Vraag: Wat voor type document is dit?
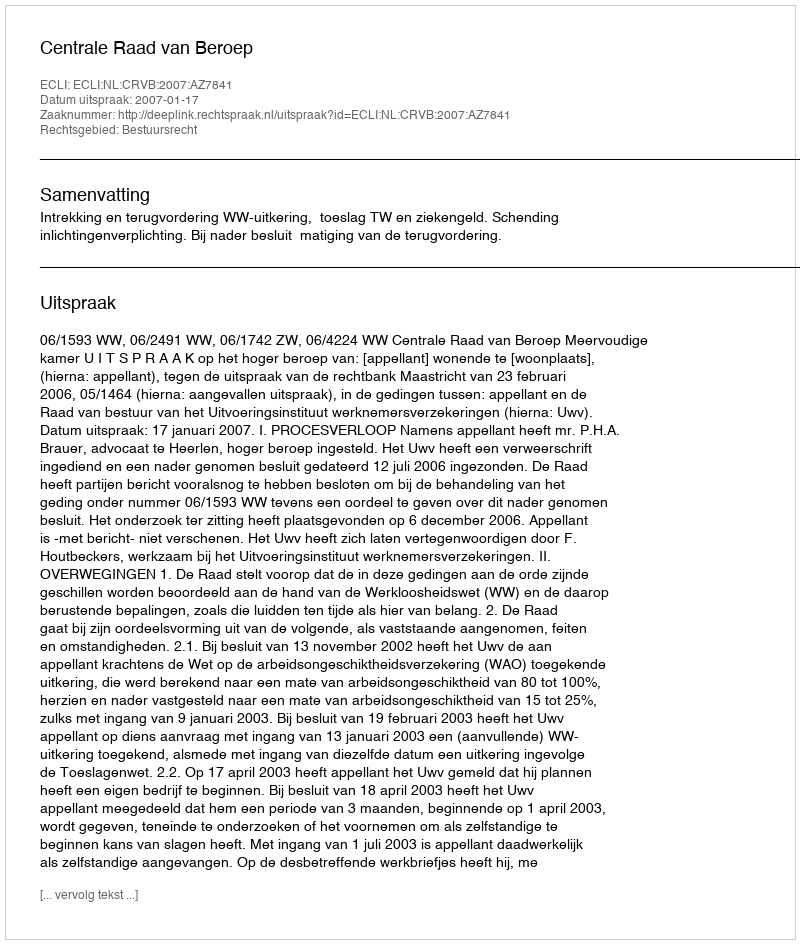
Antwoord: Uitspraak